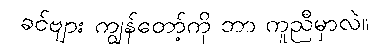
ခင်ဗျား ကျွန်တော့်ကို ဘာ ကူညီမှာလဲ။